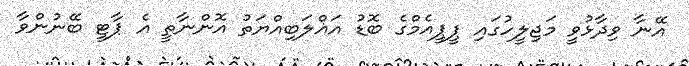
އޭނާ ވިދާޅުވީ މަޖިލީހުގައި ޕީޕީއެމްގެ ބޮޑު އަޣްލަބިއްޔަތު އޮންނާތީ އެ ޕާޓީ ބޭނުންވާ